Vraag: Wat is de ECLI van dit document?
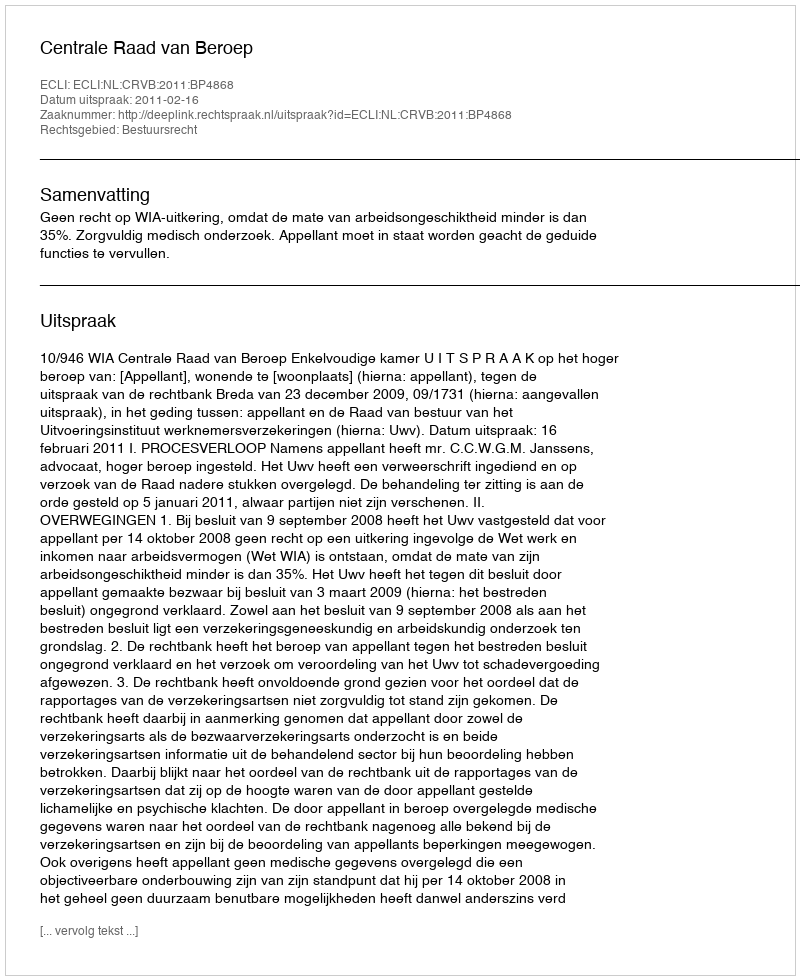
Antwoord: ECLI:NL:CRVB:2011:BP4868